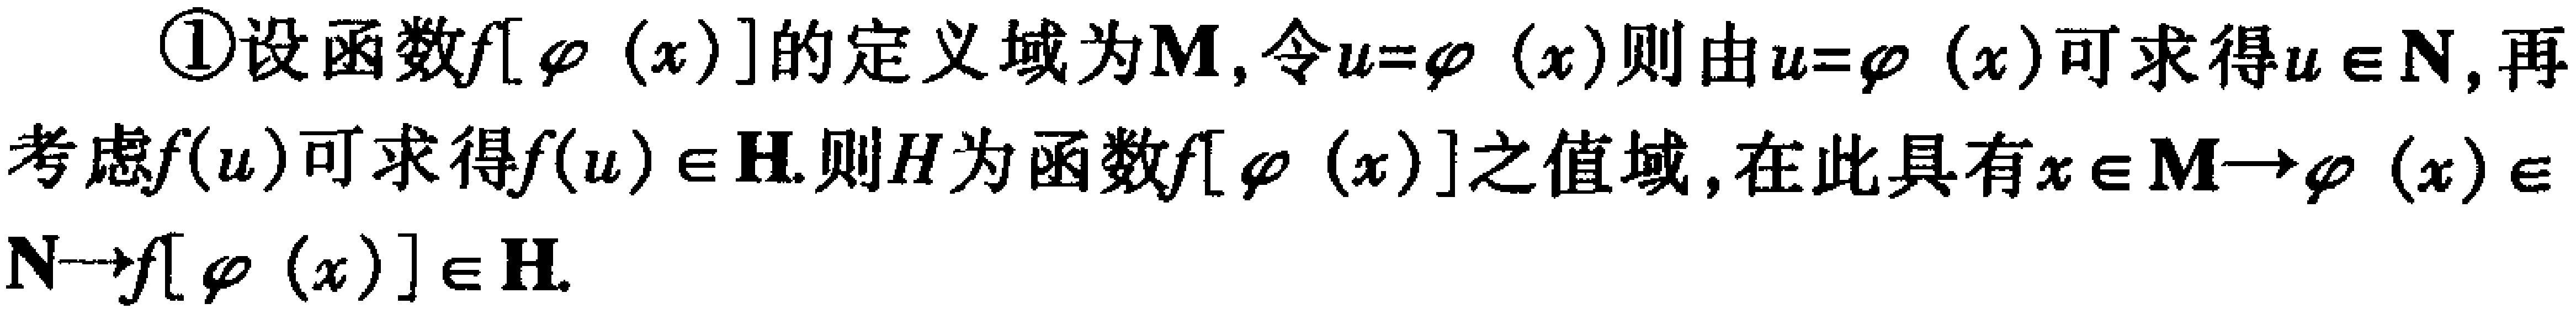
\textcircled{1}设函数\(f[\varphi(x)]\)的定义域为\(M\)，令\(u = \varphi(x)\)则由\(u = \varphi(x)\)可求得\(u\in N\)，再考虑\(f(u)\)可求得\(f(u)\in H\).则\(H\)为函数\(f[\varphi(x)]\)之值域，在此具有\(x\in M\rightarrow\varphi(x)\in N\rightarrow f[\varphi(x)]\in H\).